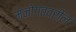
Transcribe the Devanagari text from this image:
मनोगतवरील